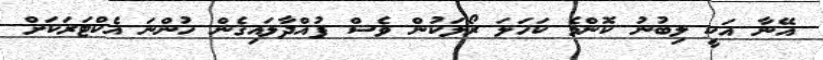
އޭނާ އަކީ ލިބުނު ކޮންމެ ކަހަލަ ރޯލަކުން ވެސް ފުއްދާލައިގެން ހުންނަ އެކްޓަރަކަށް